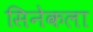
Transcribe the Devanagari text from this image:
सिनेकला